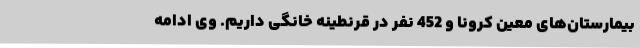
بیمارستان‌های معین کرونا و 452 نفر در قرنطینه خانگی داریم. وی ادامه